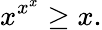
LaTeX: x^{x^{x}}\geq x.